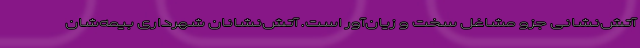
آتش‌نشانی جزو مشاغل سخت و زیان‌آور است. آتش‌نشانان شهرداری بیمه‌شان